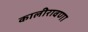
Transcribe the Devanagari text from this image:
कालीरावणा